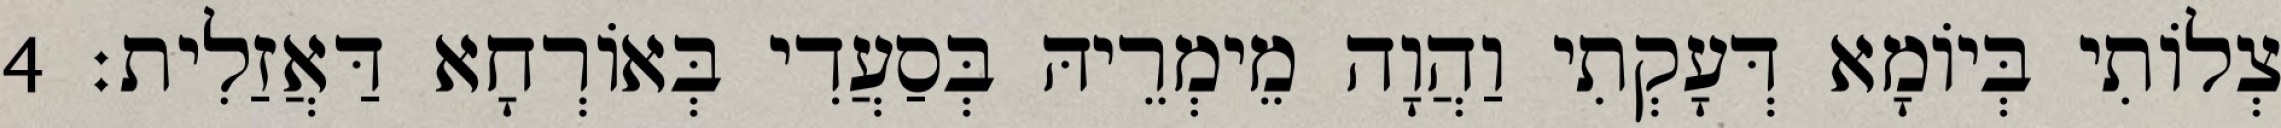
צְלוֹתִי בְּיוֹמָא דְּעָקְתִי וַהֲוָה מֵימְרֵיהּ בְּסַעֲדִי בְּאוֹרְחָא דַּאֲזַלִית׃ 4